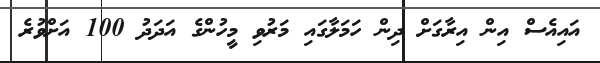
އައިއެސް އިން އިރާގަށް ދިން ހަމަލާގައި މަރުވި މީހުންގެ އަދަދު 100 އަށްވުރެ